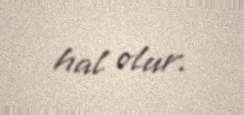
hal olur.